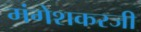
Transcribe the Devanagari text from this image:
मंगेशकरजी